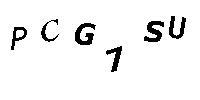
PCG7SU